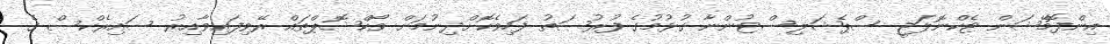
އިންފޮމޭޝަން ޓެކްނޮލަޖީ ސްޕެޝަލިސްޓުންނާ ގުޅުމުގެ ފުރުޞަތު ފަހިވެކޮށްދިނުމަށް ވޯކްޝޮޕްތައް ރޭވިފައިވާއިރު ސައިރެކްސް ގެ